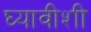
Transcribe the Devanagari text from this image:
घ्यावीशी